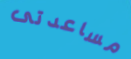
مساعدتى